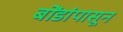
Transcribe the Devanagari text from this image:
बोंडांपासून